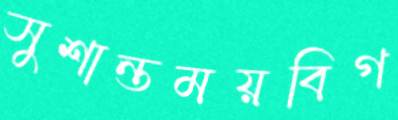
সুশান্তময়বিগ